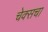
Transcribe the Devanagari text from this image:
चेक्सचा